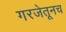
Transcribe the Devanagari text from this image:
गरजेतूनच